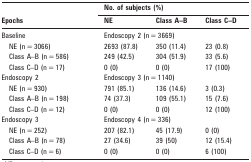
<table><thead><tr><td rowspan="2"><b>Epochs</b></td><td colspan="3"><b>No. of subjects (%)</b></td></tr><tr><td><b>NE</b></td><td><b>Class A–B</b></td><td><b>Class C–D</b></td></tr></thead><tbody><tr><td>Baseline</td><td colspan="3">Endoscopy 2 (n = 3669)</td></tr><tr><td>NE (n = 3066)</td><td>2693 (87.8)</td><td>350 (11.4)</td><td>23 (0.8)</td></tr><tr><td>Class A–B (n = 586)</td><td>249 (42.5)</td><td>304 (51.9)</td><td>33 (5.6)</td></tr><tr><td>Class C–D (n = 17)</td><td>0 (0)</td><td>0 (0)</td><td>17 (100)</td></tr><tr><td>Endoscopy 2</td><td colspan="3">Endoscopy 3 (n = 1140)</td></tr><tr><td>NE (n = 930)</td><td>791 (85.1)</td><td>136 (14.6)</td><td>3 (0.3)</td></tr><tr><td>Class A–B (n = 198)</td><td>74 (37.3)</td><td>109 (55.1)</td><td>15 (7.6)</td></tr><tr><td>Class C–D (n = 12)</td><td>0 (0)</td><td>0 (0)</td><td>12 (100)</td></tr><tr><td>Endoscopy 3</td><td colspan="3">Endoscopy 4 (n = 336)</td></tr><tr><td>NE (n = 252)</td><td>207 (82.1)</td><td>45 (17.9)</td><td>0 (0)</td></tr><tr><td>Class A–B (n = 78)</td><td>27 (34.6)</td><td>39 (50)</td><td>12 (15.4)</td></tr><tr><td>Class C–D (n = 6)</td><td>0 (0)</td><td>0 (0)</td><td>6 (100)</td></tr></tbody></table>